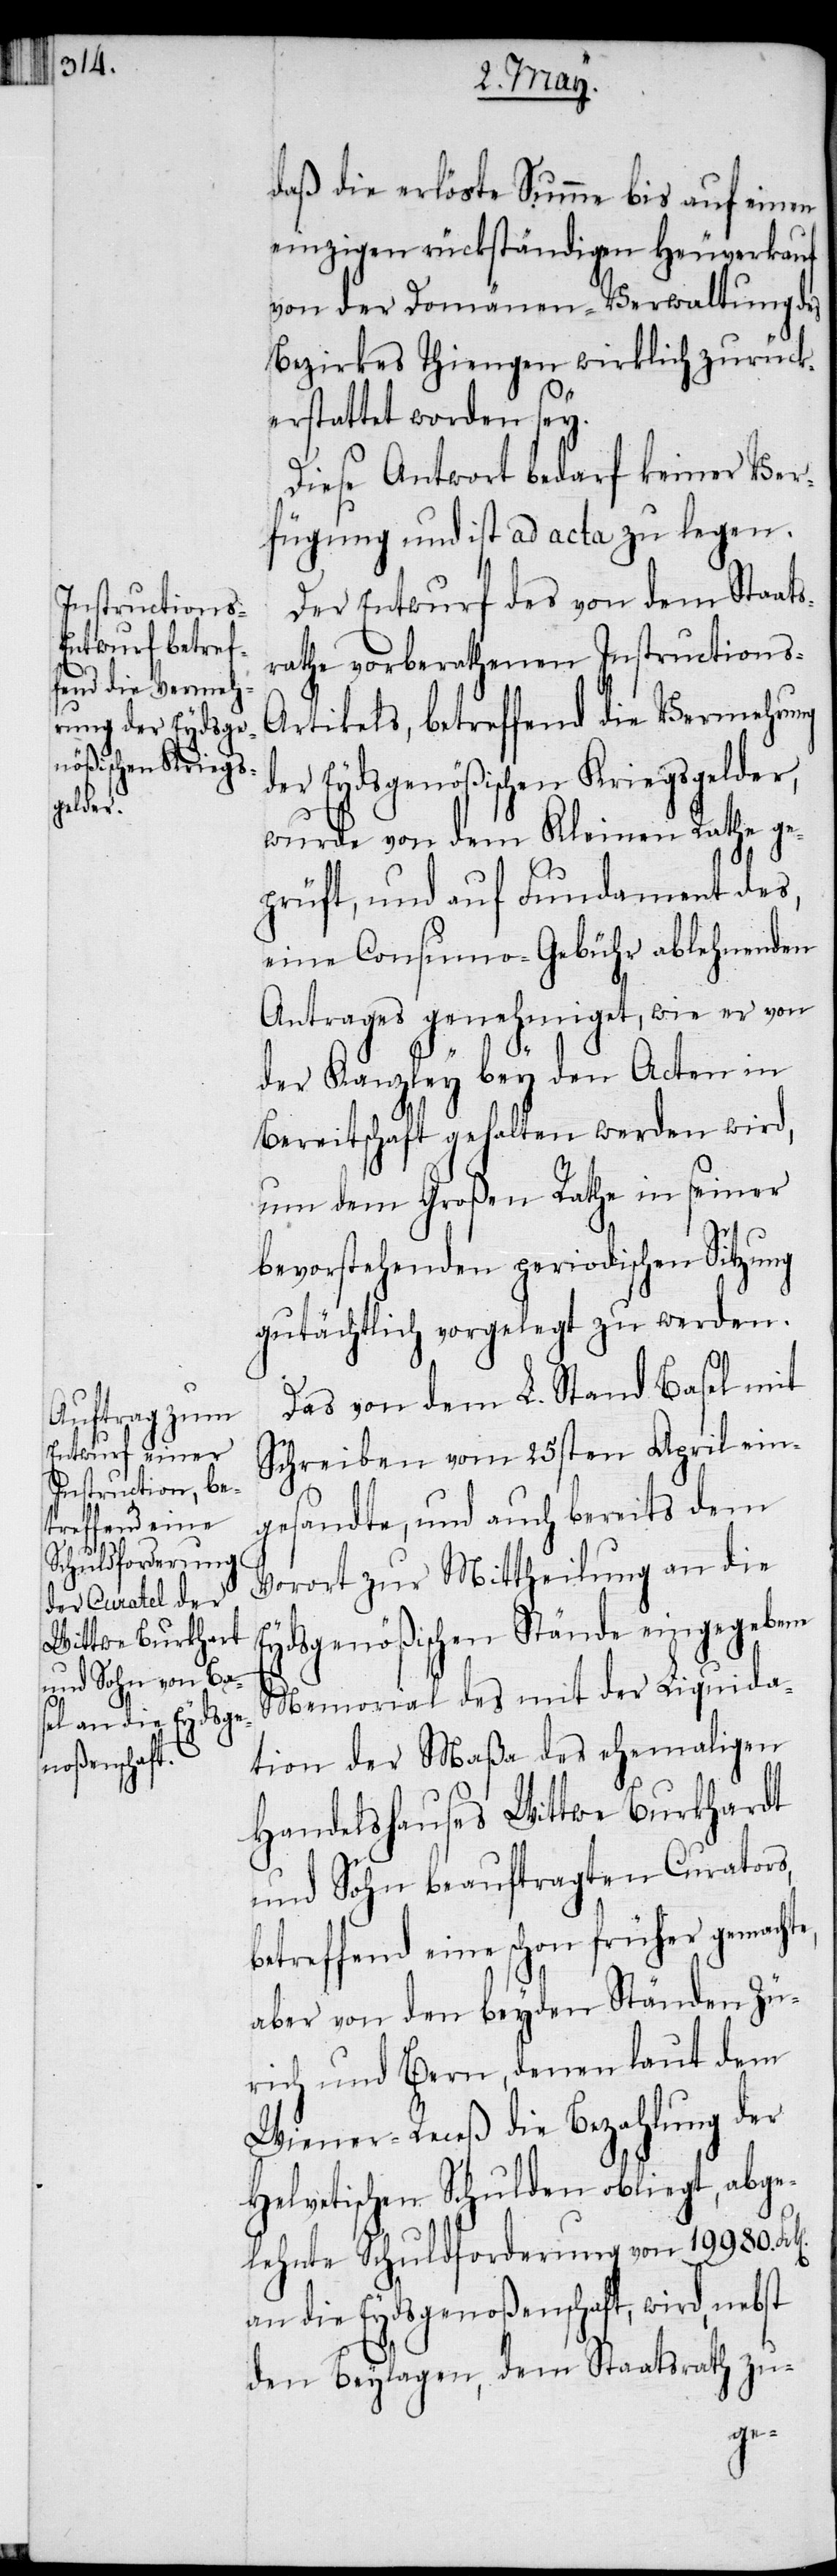
daß die erlöste Summe bis auf einen
einzigen rückständigen Heuverkauf
von der Domänen-Verwaltung des
Bezirkes Thiengen wirklich zurück¬
erstattet worden sey.
Diese Antwort bedarf keiner Ver¬
fügung und ist ad acta zu legen.
Der Entwurf des von dem Staats¬
rathe vorberathenen Instrucitons-A¬
rtikels, betreffend die Vermehrung
der Eydsgenößischen Kriegsgelder,
wurde von dem Kleinen Rathe ge¬
prüft, und auf Fundament des,
eine Consumo-Gebühr ablehnenden
Antrages genehmiget, wie er von
der Kanzley bey den Acten in
Bereitschaft gehalten werden wird,
um dem Großen Rathe in seiner
bevorstehenden periodischen Sitzung
gutächtlich vorgelegt zu werden.
Das von dem L. Stand Basel mit
Schreiben vom 25sten April ein¬
gesandte, und auch bereits dem
Vorort zur Mittheilung an die
Eydsgenößischen Stände eingegebene
Memorial des mit der Liquida¬
tion der Maßa des ehemaligen
Handelshauses Wittwe Burkhardt
und Sohn beauftragten Curators,
betreffend eine schon früher gemacht¬
aber von den beyden Ständen Zü¬
rich und Bern, denen laut dem
Wiener-Receß die Bezahlung der
vetischen Schulden obliegt, abge¬
lehnte Schuldforderung von 19980.
an die Eydsgenoßenschaft, wird, nebst
den Beylagen, dem Staatsrath zu-
Hel¬